Insane asylums in Bengal annual reports 1876-1887 - 1876-1887
Year: 1876
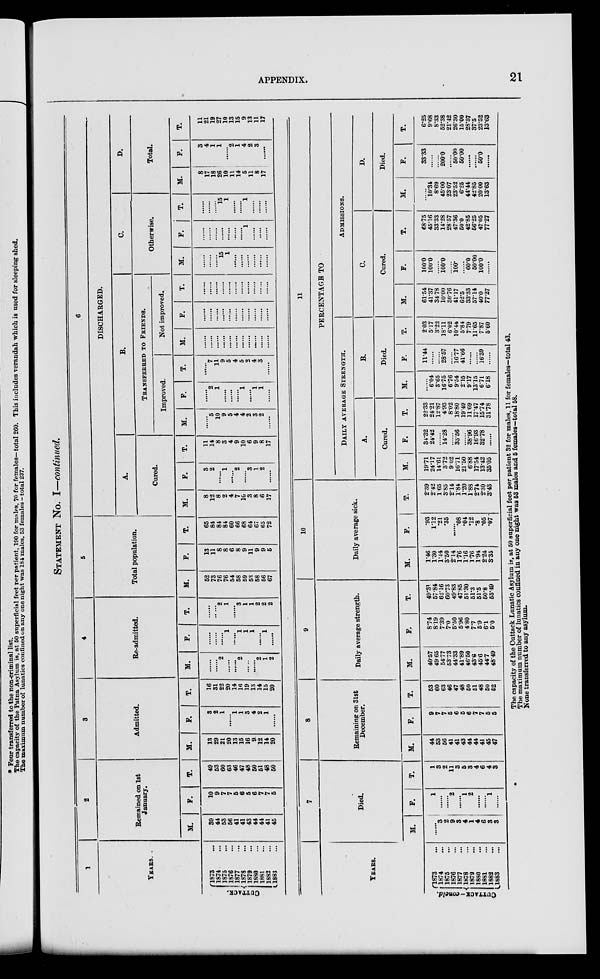
APPENDIX.
21
STATEMENT NO. I—continued.
1
YEARS.
CUTTACK.
1873 ...
1874 ...
1875 ...
1876 ...
1877 ...
1878 ...
1879 ...
1880 ...
1881 ...
1882 ...
1883 ...
2
Remained on 1st
January.
M.
39
44
53
56
41
41
43
44
44
41
45
F.
10
9
7
7
5
6
5
6
7
7
5
T.
49
53
60
63
46
47
48
50
51
48
50
3
Admitted.
M.
13
29
21
20
13
15
16
9.
12
14
20
F.
3
2
1
......
1
1
3
4
2
1
.....
T.
16
31
22
20
14
16
19
13
14
15
20
4
Re-admitted.
M.
......
......
2
......
......
2
......
.....
2
1
2
F.
......
......
......
1
......
1
1
1
....
1
.....
T.
......
......
2
1
......
3
1
1
2
2
2
5
Total population.
M.
52
73
76
76
54
58
59
53
58
56
67
F.
13
11
8
8
6
8
9
11
9
9
5
T.
65
84
84
84
60
66
68
64
67
65
72
6
DISCHARGED.
A.
Cured.
M.
8
12
8
2
4
7
10
3
8
6
17
F.
3
2
......
1
......
2
......
3
1
2
......
T.
11
14
8
3
4
9
10
6
9
8
17
B.
TRANSFERRED
TO
FRIENDS.
Improved.
M.
......
5
10
9
5
4
4
2
3
2
......
F.
......
2
1
......
......
......
1
......
1
1
......
T.
......
7
11
9
5
4
5
2
4
3
......
Not improved.
M.
......
......
......
......
......
......
......
......
......
......
......
F.
......
......
......
......
......
......
......
......
......
......
......
T.
......
......
......
......
......
......
......
......
......
......
......
C.
Otherwise.
M.
......
......
......
15
1
......
......
......
......
......
......
F.
......
......
......
......
......
......
......
1
......
......
......
T .
......
......
......
15
1
......
......
1
......
......
......
D.
Total.
M.
8
17
18
26
10
11
14
5
11
8
17
F.
3
4
1
1
......
2
1
4
2
3
......
T.
11
21
19
27
10
13
15
9
13
11
17
YEARS.
CUTTACK—concld.
1873 ...
1874 ...
1875 ...
1876 ...
1877 ...
1878 ...
1879 ...
1880 ...
1881 ...
1882 ...
1883 ...
7
Died.
M.
......
3
2
9
3
4
1
4
6
3
3
F.
1
......
......
2
......
1
2
......
......
1
......
T.
1
3
2
11
3
5
3
4
6
4
3
8
Remaining on 31st
December.
M.
44
53
56
41
41
43
44
44
41
45
47
F.
9
7
7
5
6
5
6
7
7
5
5
T.
53
60
63
46
47
48
50
51
48
50
52
9
Daily average strength.
M.
40.57
49.65
54.77
53.73
44.33
41.89
46.50
43.6
456
44.7
48.49
F.
8.74
8.19
7.39
7.0
5.50
5.96
4.80
7.7
5.9
6.1
5.0
T.
49.31
57.84
62.16
60.73
49.83
47.85
51.30
51.3
51.5
50.8
53.49
10
Daily average sick.
M.
1.46
1.30
1.44
3.50
2.14
1.76
1.16
1.76
1.94
2.24
3.35
F.
.93
1.12
.21
.35
......
.08
.04
.12
.8
.05
.07
T.
2.39
2.42
1.65
3.85
2.14
1.84
1.20
1.88
2.74
2.30
3.43
11
PERCENTAGE TO
DAILY AVERAGE STRENGHT.
A.
Cured.
M.
19.71
24.17
14.61
3.72
9.02
16.71
21.50
6.88
17.54
13.42
35.05
F.
34.32
24.42
......
14.28
......
33.56
......
38.96
16.93
32.78
T.
22.33
24.21
12.87
4.93
8.02
18.80
19.49
11.69
17.47
15.74
31.78
B.
Died.
M.
......
6.04
3.65
16.75
6.76
9.54
2.15
9.17
13.15
6.71
6.18
F.
11.44
......
......
28.57
......
16.77
41.66
......
......
16.39
.
T.
2.03
5.17
3.22
18.11
6.02
10.44
5.84
7.79
11.65
7.87
5.60
ADMISSIONS.
C.
Cured.
M.
61.54
41.37
34.78
10.00
30.76
41.17
62.5
33.33
57.14
40.0
77.27
F.
100.0
100.0
......
100.0
......
100.
......
60.0
50.00
100.0
......
T.
68.75
45.16
33.33
14.28
28 57
47.36
50.0
42.85
56.25
47.05
77.27
D.
Died.
M.
......
10.34
8.69
45.00
23.07
23.52
6.25
44.44
42.85
20.00
13.63
F.
33.33
......
......
200.0
......
50.00
50.00
......
......
50.0
......
T.
6.25
9.68
8.33
52.38
21.42
26.30
15.00
28.57
37.5
23.52
13.63
The capacity of the Cuttack Lunatic Asylum is, at 50 superficial feet per patient 32 for males, 11 for females—total 43.
The maximum number of lunatics confined in any one night was 53 males and 5 females—total 58.
None transferred to any asylum.